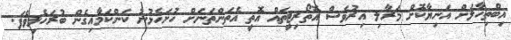
އިބްތިހާލަށް އަނިޔާކޮށް މަރާލި އިރުވެސް އޮތޯރިޓީތައް އޮތީ އެތަންތަނަށް ހުށަހެޅުނު ކަންކަމާއިގެން ބުރަހެލިވެފަ.